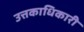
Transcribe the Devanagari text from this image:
उत्तकाधिकारी